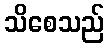
သိစေသည်